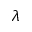
\lambda